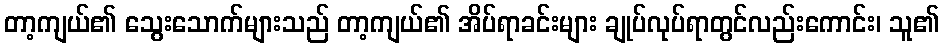
တာ့ကျယ်၏ သွေးသောက်များသည် တာ့ကျယ်၏ အိပ်ရာခင်းများ ချုပ်လုပ်ရာတွင်လည်းကောင်း၊ သူ၏